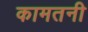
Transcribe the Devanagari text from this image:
कामतनी